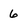
Character: 6